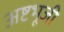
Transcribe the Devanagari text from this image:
अष्टभूजी